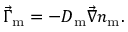
\vec { \Gamma } _ { \mathrm { m } } = - D _ { \mathrm { m } } \vec { \nabla } n _ { \mathrm { m } } .